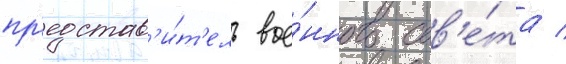
пр'едстав'и́т'ель вое́нного сов'е́та /